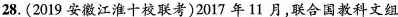
28.(2019安徽江淮十校联考)2017年11月，联合国教科文组